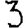
Digit: 3